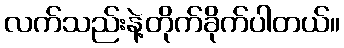
လက်သည်းနဲ့တိုက်ခိုက်ပါတယ်။